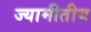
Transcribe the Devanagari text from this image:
ज्यामीतीय